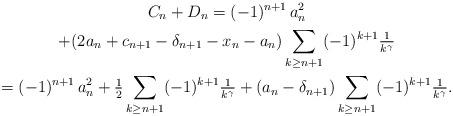
LaTeX: \begin{gather*} C_n + D_n = (-1)^{n+1}\, a^2_n \\ + (2 a_n + c_{n+1} - \delta_{n+1} - x_n - a_n) \sum_{k \ge n+1} (-1)^{k+1} \tfrac{1}{k^{\gamma}} \\ = (-1)^{n+1}\, a^2_n + \tfrac{1}{2}\sum_{k \ge n+1} (-1)^{k+1} \tfrac{1}{k^{\gamma}} + (a_n - \delta_{n+1}) \sum_{k \ge n+1} (-1)^{k+1} \tfrac{1}{k^{\gamma}}. \end{gather*}